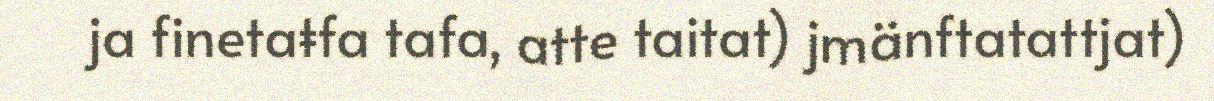
ja finetaŧfa tafa, atte taitat) jmänftatattjat)